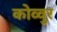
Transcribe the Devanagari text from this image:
कोव्वुर